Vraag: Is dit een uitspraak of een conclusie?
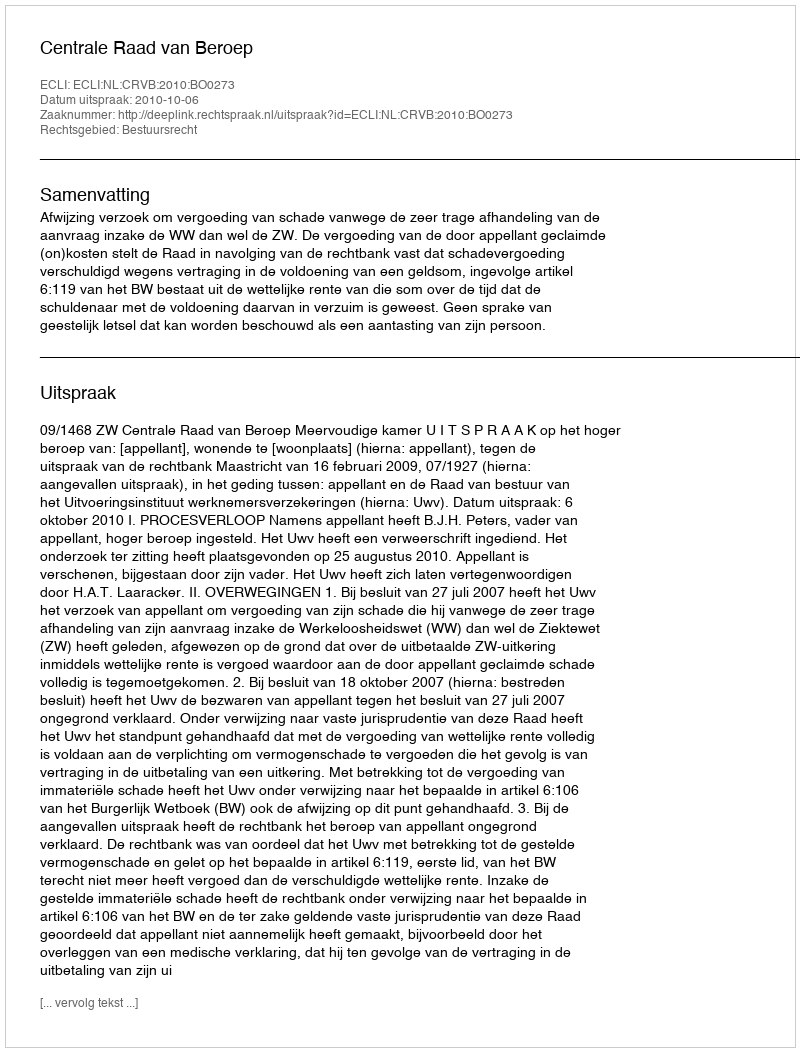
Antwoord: Uitspraak